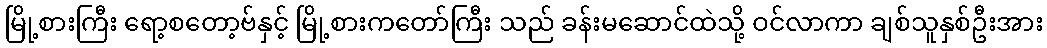
မြို့စားကြီး ရော့စတော့ဗ်နှင့် မြို့စားကတော်ကြီး သည် ခန်းမဆောင်ထဲသို့ ဝင်လာကာ ချစ်သူနှစ်ဦးအား